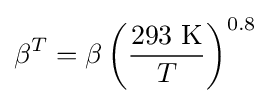
\beta ^{T}=\beta \left({\frac {\text{293 K}}{T}}\right)^{0.8}